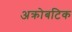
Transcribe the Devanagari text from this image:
अक्रोबटिक